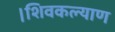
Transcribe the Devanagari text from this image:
।शिवकल्याण